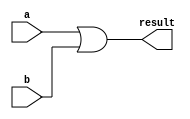
module or32(
    input [31:0] a,
    input [31:0] b,
    output [31:0] result
);

    assign result = a | b;

endmodule